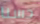
حسنا